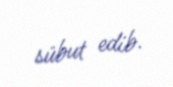
sübut edib.